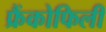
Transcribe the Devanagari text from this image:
फ्रैंकोफिली